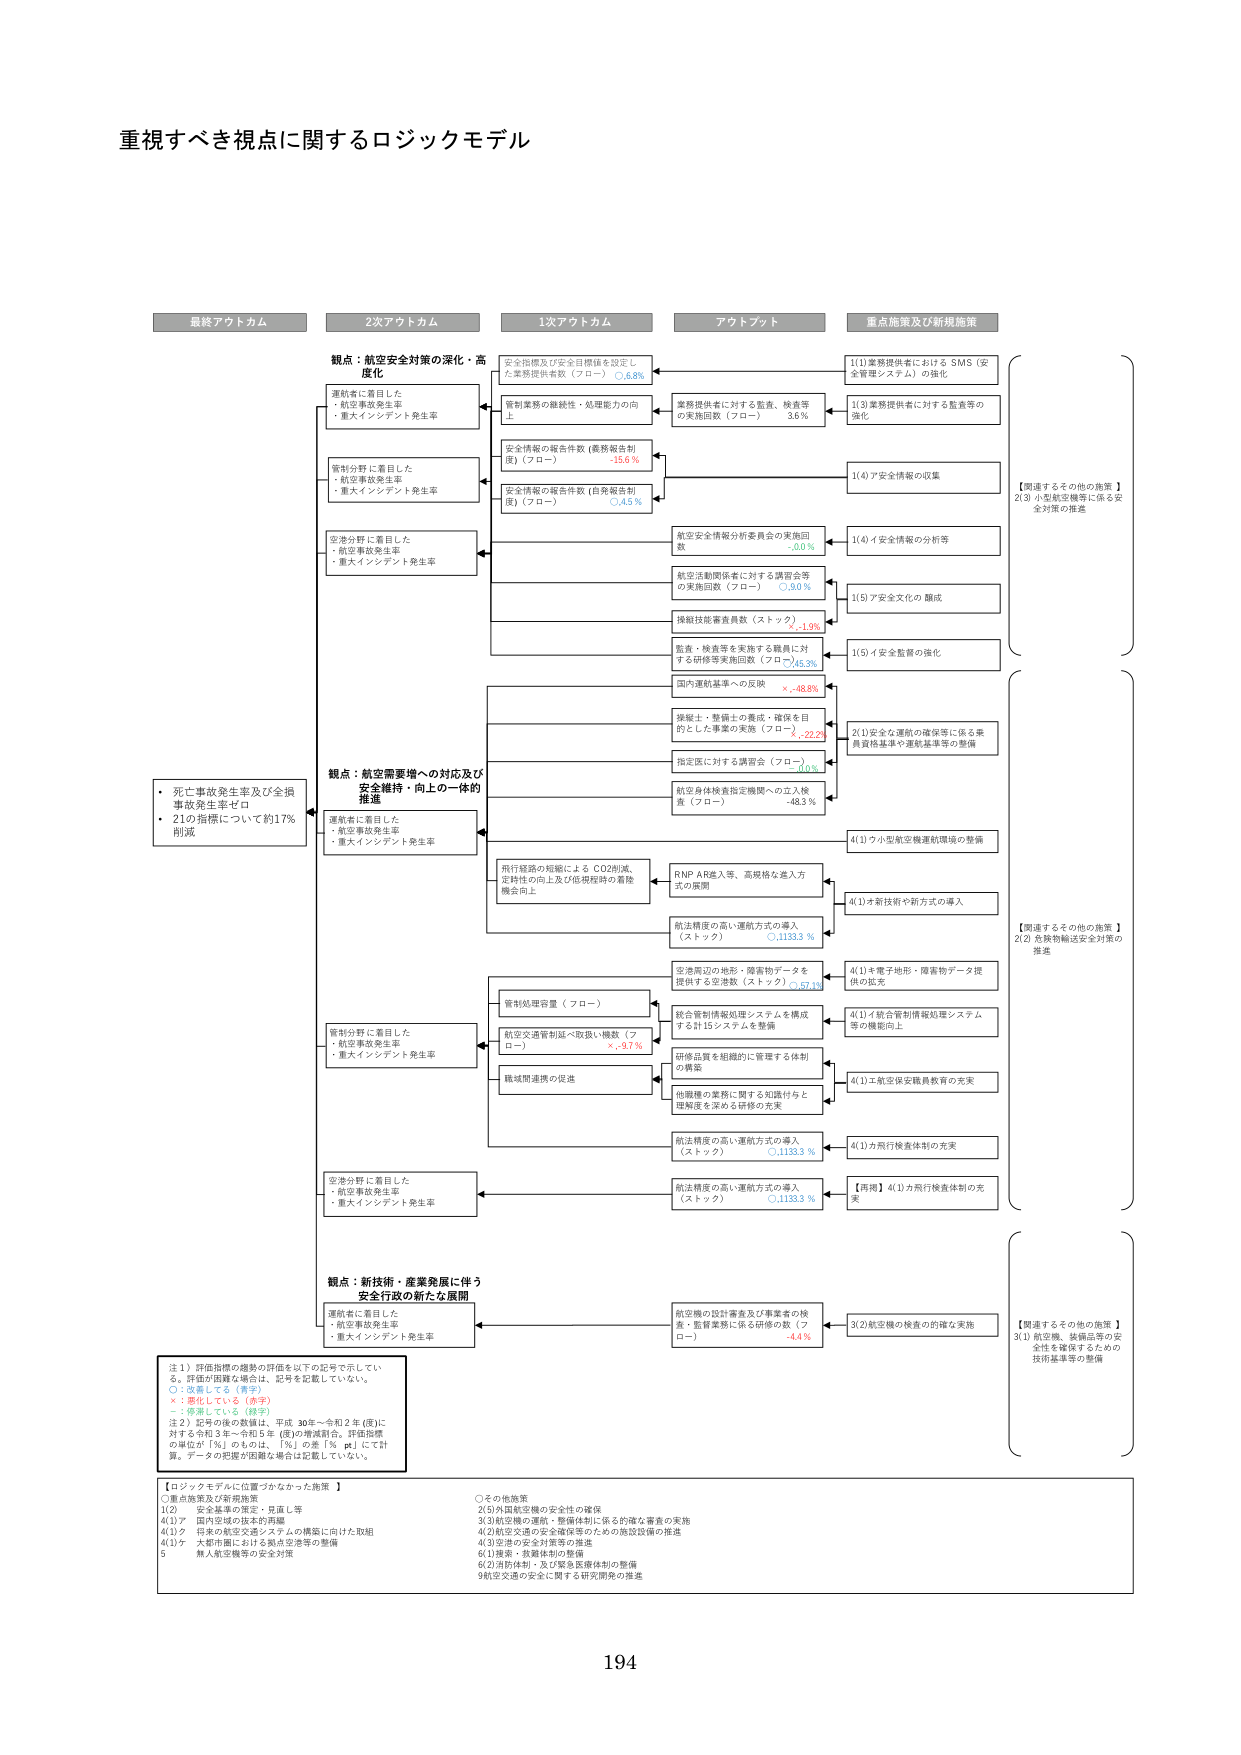
重視すべき視点に関するロジックモデル

最終アウトカム
2次アウトカム
1次アウトカム
アットプット
重点施策及び新規施策

観点：航空安全対策の深化・高度化
運航者に着目した
・航空事故発生率
・重大インシデント発生率
管制分野に着目した
・航空事故発生率
・重大インシデント発生率
空港分野に着目した
・航空事故発生率
・重大インシデント発生率

安全指標及び安全目標値を設定した業務提供者数（フロー）〇6.8%
管制業務の継続性・処理能力の向上
安全情報の報告件数（業務報告制度）（フロー）-15.6%
安全情報の報告件数（自発報告制度）（フロー）〇.45%
業務提供者に対する監査、検査等の実施回数（フロー）3.6%
航空安全情報分析委員会の実施回数 -0.0%
航空活動関係者に対する講習会等の実施回数（フロー）〇.00%
操縦技能審査員数（ストック）×-1.9%
監査・検査等を実施する職員に対する研修等実施回数（フロー）〇45.3%
国内運航基準への反映 ×-48.8%
操縦士・整備士の養成・確保を目的とした事業の実施（フロー）×-22.2%
指定区に対する講習会（フロー）-0.0%
航空身体検査指定機関への立入検査（フロー）-48.3%

【1】業務提供者におけるSMS（安全管理システム）の強化
【1-3】業務提供者に対する監査等の強化
【1-4】ア安全情報の収集
【1-4】ア安全情報の分析等
【1-5】ア安全文化の醸成
【1-5】ア安全監督の強化

【関連するその他の施策】
2(3) 小型航空機等に係る安全対策の推進

観点：航空需要増への対応及び安全維持・向上の一貫的推進
運航者に着目した
・航空事故発生率
・重大インシデント発生率
管制分野に着目した
・航空事故発生率
・重大インシデント発生率
空港分野に着目した
・航空事故発生率
・重大インシデント発生率

飛行経路の短縮によるCO2削減、定時性の向上及び低視程時の着陸機会向上
RNP AR導入等、高規格な進入方式の展開
航法精度の高い運航方式の導入（ストック）〇1133.3%
空港周辺の地形・障害物データを提供する空港数（ストック）〇57.4%
管制処理容量（フロー）
航空交通管制延べ取扱い機数（フロー）×-9.7%
職域間連携の促進
統合管制情報処理システムを構成する計15システムを整備
研修品質を組織的に管理する体制の構築
他職種の業務に関する知識付与と理解度を深める研修の充実

【2(1)】安全な運航の確保等に係る乗員資格基準や運航基準等の整備
【4(1)】小型航空機運航環境の整備
【4(1)】新技術や新方式の導入
【4(1)】キ電子地図・障害物データ提供の拡充
【4(1)】統合管制情報処理システム等の機能向上
【4(1)】航空保安職員教育の充実
【4(1)】万飛行検査体制の充実
【再掲】4(1)万飛行検査体制の充実

【関連するその他の施策】
2(2) 危険物輸送安全対策の推進

観点：新技術・産業発展に伴う安全行政の新たな展開
運航者に着目した
・航空事故発生率
・重大インシデント発生率

航空機の設計審査及び事業者の検査・監督業務に係る研修の数（フロー）-4.4%
【3(2)】航空機の検査の的確な実施

【関連するその他の施策】
3(1) 航空機、整備品等の安全性を確保するための技術基準等の整備

・死亡事故発生率及び全損事故発生率ゼロ
・21の指標について約17%削減

注1）評価指標の趨勢の評価を以下の記号で示している。評価が困難な場合は、記号を記載していない。
〇：改善している（青字）
×：悪化している（赤字）
－：停滞している（緑字）
注2）記号の後の数値は、平成30年～令和2年（度）に対する令和3年～令和5年（度）の増減割合。評価指標の単位が「％」のものは、「％」の差「％pt」にて計算。データの把握が困難な場合は記載していない。

【ロジックモデルに位置づけなかった施策】
〇重点施策及び新規施策
1(2) 安全基準の策定・見直し等
4(1)ア 国内空域の抜本的再編
4(1)ウ 将来の航空交通システムの構築に向けた取組
4(1)ケ 大都市圏における拠点空港等の整備
5 無人航空機等の安全対策
〇その他の施策
2(5)外国航空機の安全性の確保
3(3)航空機の運航・整備体制に係る的確な審査の実施
4(2)航空交通の安全確保等のための施設設備の推進
4(3)空港の安全対策等の推進
6(1)操縦・救難体制の整備
6(2)消防体制・及び緊急医療体制の整備
9航空交通の安全に関する研究開発の推進

194